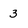
Character: 3